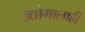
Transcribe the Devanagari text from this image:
उद्योगालाही